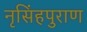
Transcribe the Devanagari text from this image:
नृसिंहपुराण